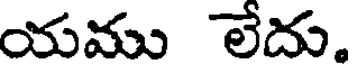
యము లేదు.